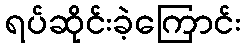
ရပ်ဆိုင်းခဲ့ကြောင်း